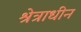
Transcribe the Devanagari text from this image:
श्रेत्राधीन